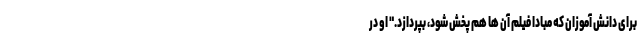
برای دانش آموزان که مبادا فیلم‌ آن ها هم پخش شود، بپردازد." او در